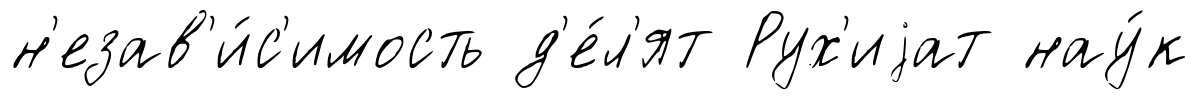
н'езав'и́с'имость д'е́л'ят Рух'иjат нау́к